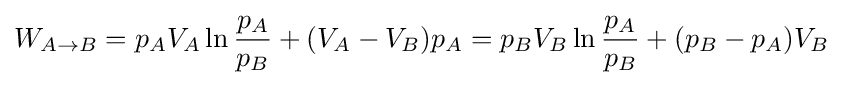
W_{A\to B}=p_{A}V_{A}\ln {\frac {p_{A}}{p_{B}}}+(V_{A}-V_{B})p_{A}=p_{B}V_{B}\ln {\frac {p_{A}}{p_{B}}}+(p_{B}-p_{A})V_{B}